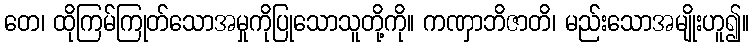
တေ၊ ထိုကြမ်ကြုတ်သောအမှုကိုပြုသောသူတို့ကို။ ကဏှာဘိဇာတိ၊ မည်းသောအမျိုးဟူ၍။